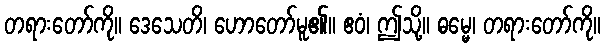
တရားတော်ကို။ ဒေသေတိ၊ ဟောတော်မူ၏။ ဧဝံ၊ ဤသို့။ ဓမ္မေ၊ တရားတော်ကို။